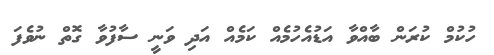
ހުކުމް ކުރަން ބާއްވާ އަޑުއެހުމެއް ކަމެއް އަދި ވަނީ ސާފުވާ ގޮތް ނުވެފަ